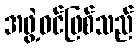
အဖွဲ့ဝင်ဖြစ်သည်